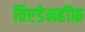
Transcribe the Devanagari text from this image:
विएडेनहॉफ़